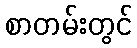
စာတမ်းတွင်